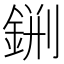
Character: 𨧂